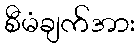
စီမံချက်အား